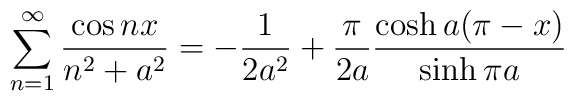
\sum_{n=1}^{\infty}\frac{\cos nx}{n^{2}+a^{2}}=-\frac{1}{2a^{2}}+\frac{\pi}{2a}\frac{\cosh a(\pi-x)}{\sinh \pi a}